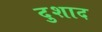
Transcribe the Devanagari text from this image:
दुशाद